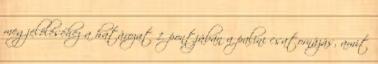
megjelöléséhez a határozat 1. pontjában a palini csatornázás, amit